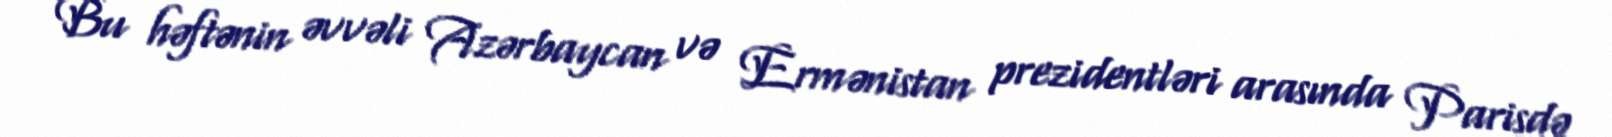
Bu həftənin əvvəli Azərbaycan və Ermənistan prezidentləri arasında Parisdə